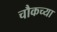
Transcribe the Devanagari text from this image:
चौकच्या